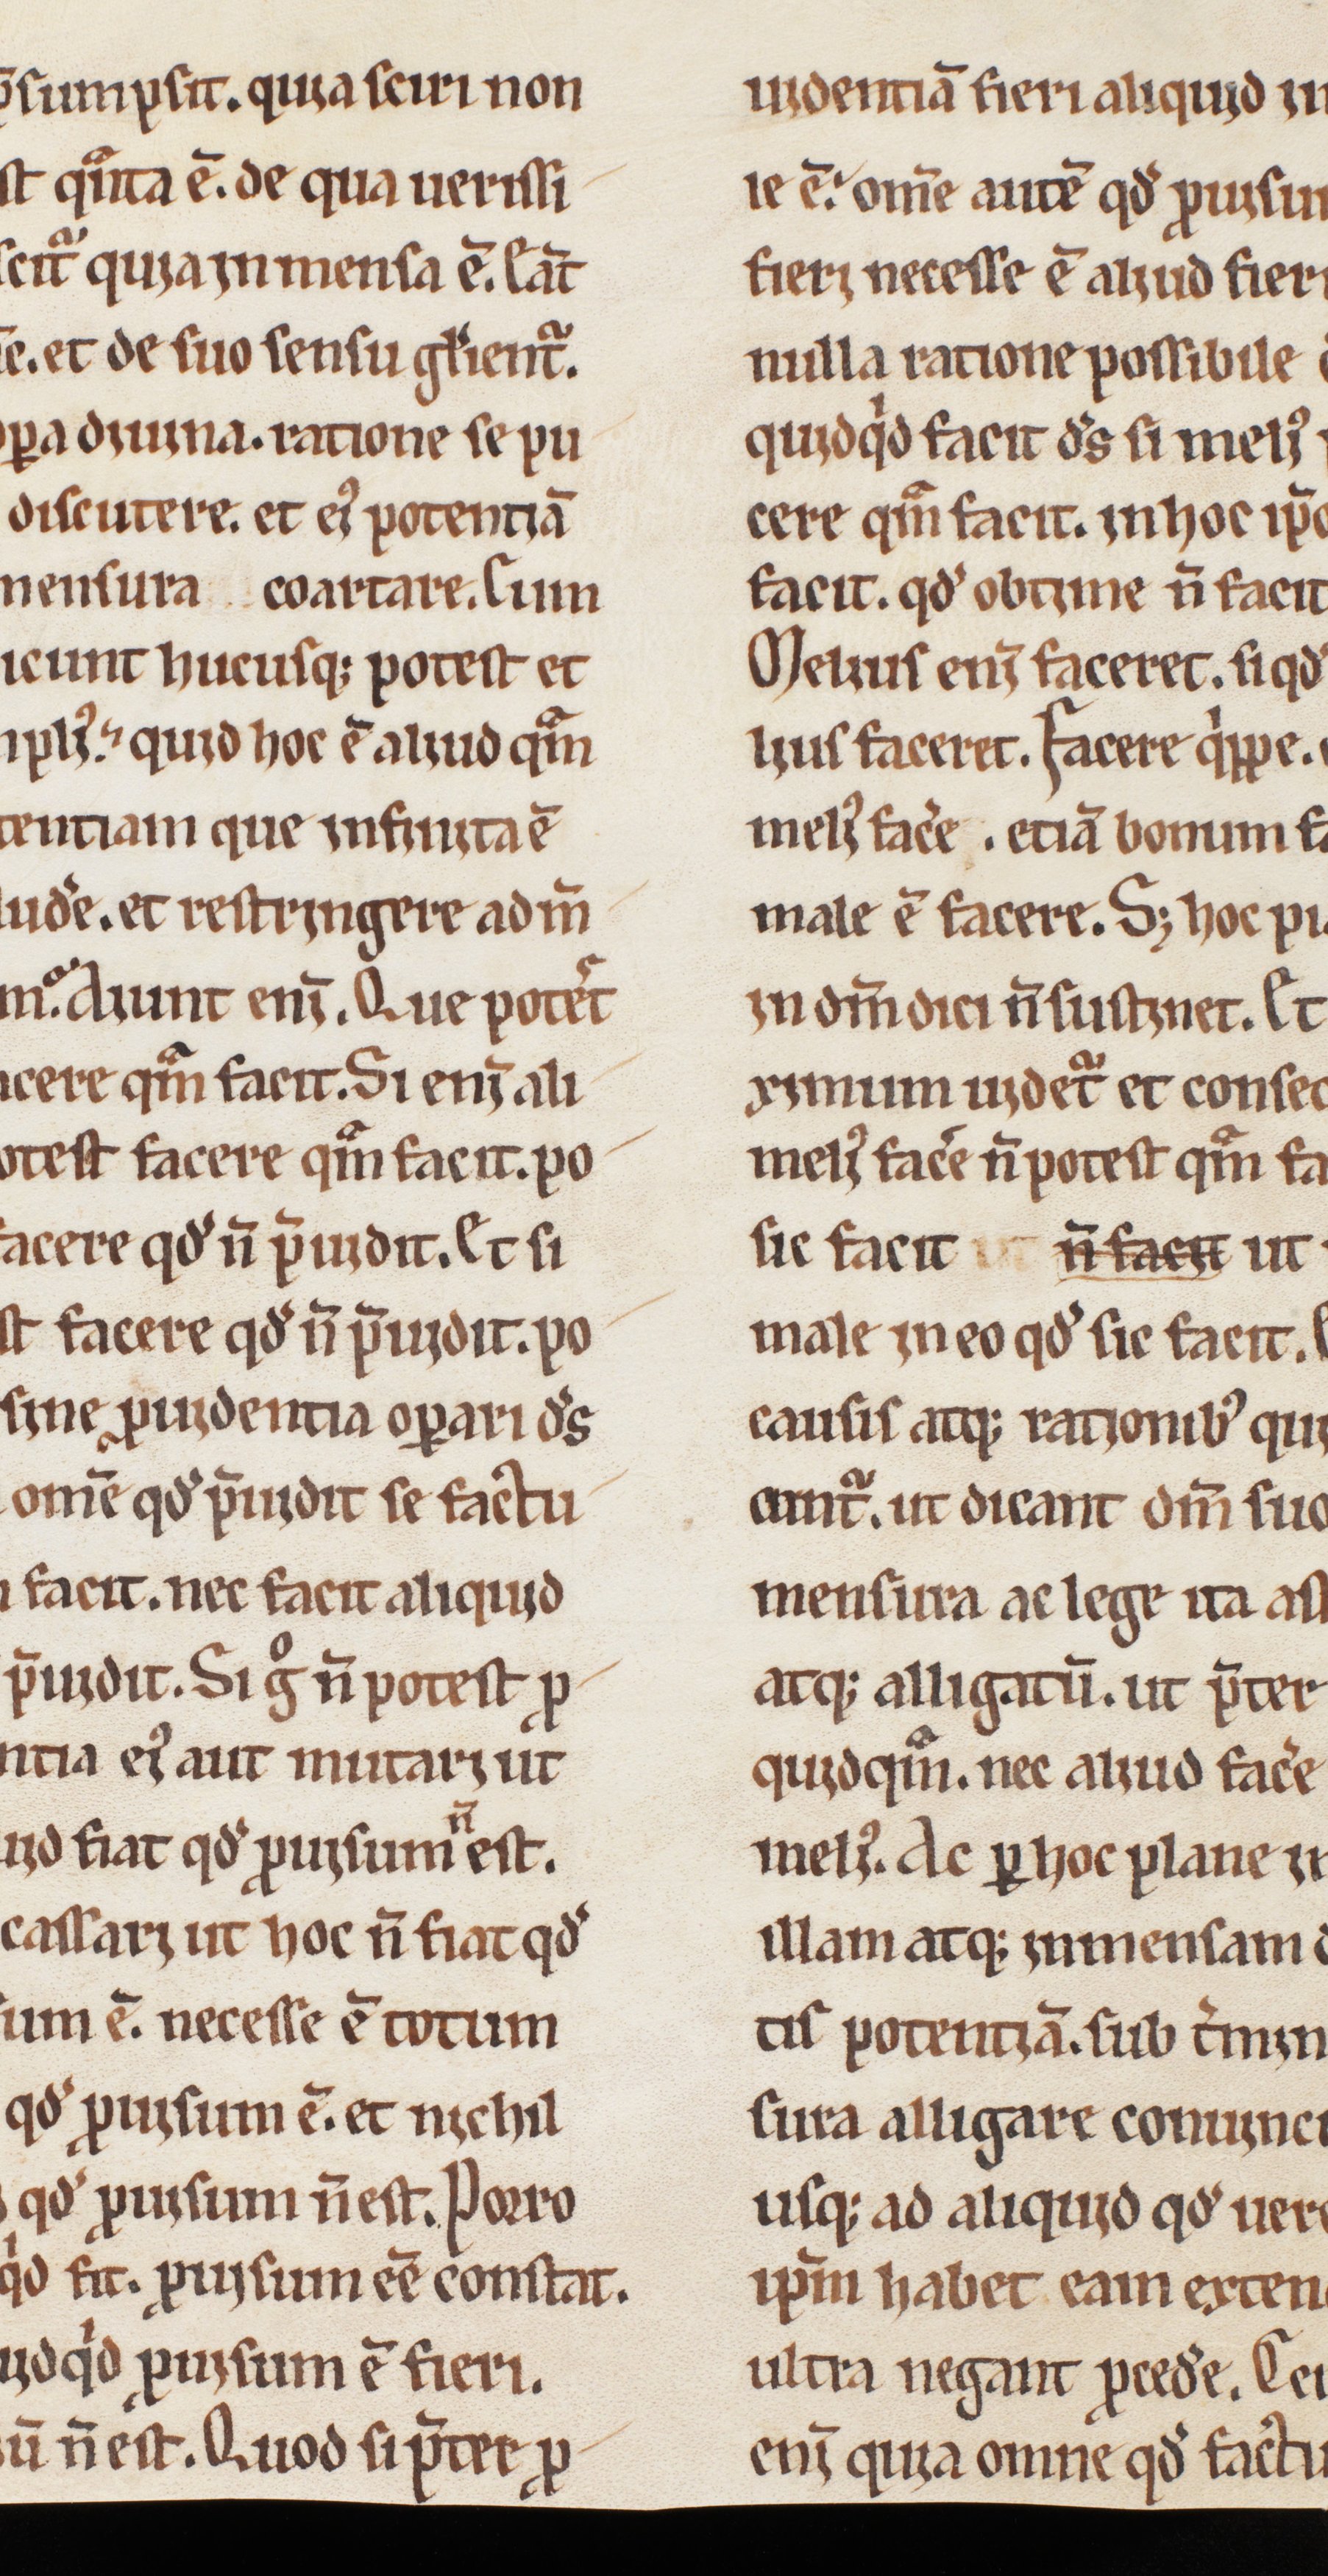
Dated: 1200–1230